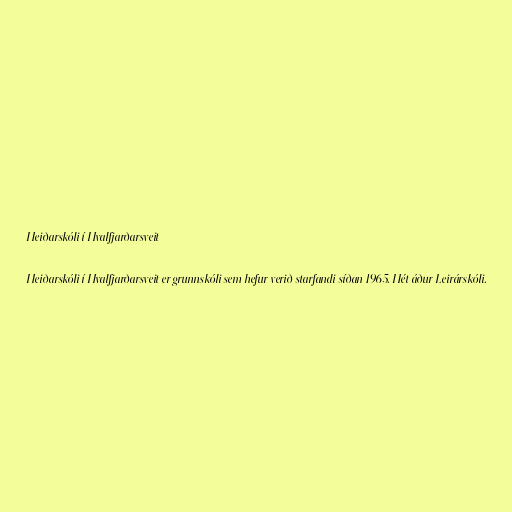
Heiðarskóli í Hvalfjarðarsveit

Heiðarskóli í Hvalfjarðarsveit er grunnskóli sem hefur verið starfandi síðan 1965. Hét áður Leirárskóli.